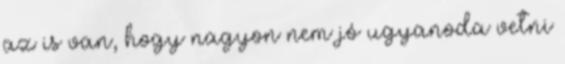
az is van, hogy nagyon nem jó ugyanoda vetni